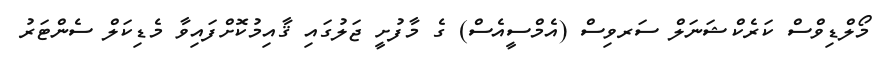
މޯލްޑިވްސް ކަރެކްޝަނަލް ސަރވިސް (އެމްސީއެސް) ގެ މާފުށީ ޖަލުގައި ޤާއިމުކޮށްފައިވާ މެޑިކަލް ސެންޓަރު